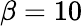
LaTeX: \beta=10